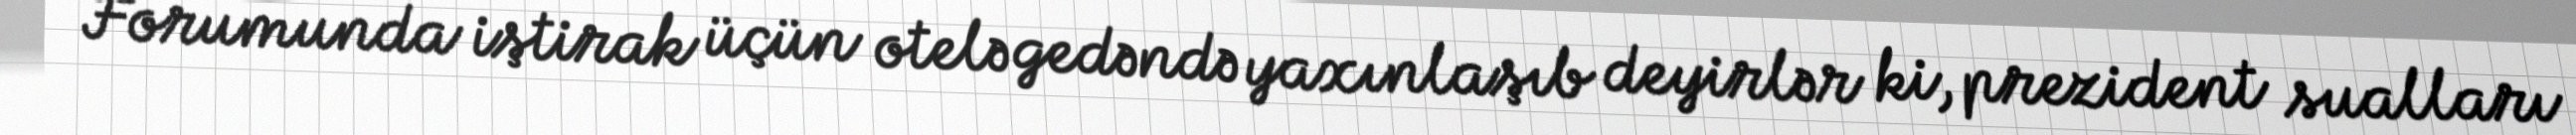
Forumunda iştirak üçün otelə gedəndə yaxınlaşıb deyirlər ki, prezident sualları